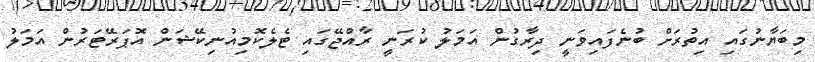
މިބަޔާނުގައި އިތުރަށް ބުނެފައިވަނީ ދިރާގުން އަމަލު ކުރަނީ ރާއްޖޭގައި ޓެލެކޮމިއުނިކޭޝަން އޮޕަރޭޓަރުން އަމަލު